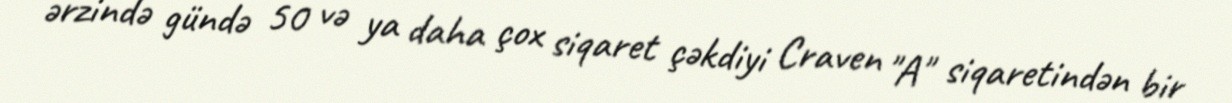
ərzində gündə 50 və ya daha çox siqaret çəkdiyi Craven "A" siqaretindən bir